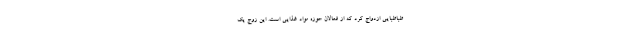
طباطبایی ازدواج کرد که از فعالان حوزه مواد غذایی است. این زوج یک